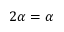
2 \alpha = \alpha